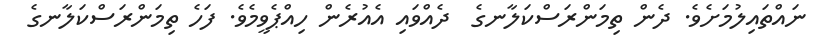
ނައްތައިލުމަށެވެ. ދެން ތިމަންރަސްކަލާނގެ  ދެއްވައި އެއުރެން ހިއްޕެވީމެވެ. ފަހެ ތިމަންރަސްކަލާނގެ